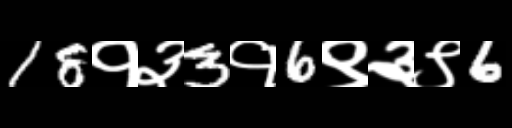
Text: 18१३3१6९३९6